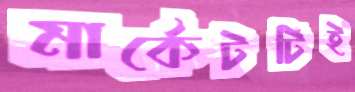
মার্কেটটিই